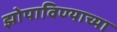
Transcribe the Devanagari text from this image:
झोपाविण्याच्या